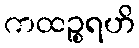
ကထဉ္စရဟိ